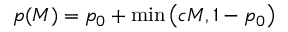
p ( M ) = p _ { 0 } + \operatorname* { m i n } \left( c M , 1 - p _ { 0 } \right)